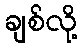
ချစ်လို့